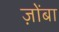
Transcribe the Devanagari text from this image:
ज़ोंबा